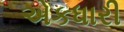
એકધારી